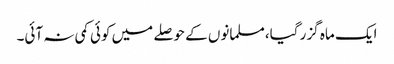
ایک ماہ گزر گیا،مسلمانوں کے حوصلے میں کوئی کمی نہ آئی۔